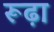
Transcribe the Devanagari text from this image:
रूढ़ा